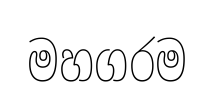
මහගරම